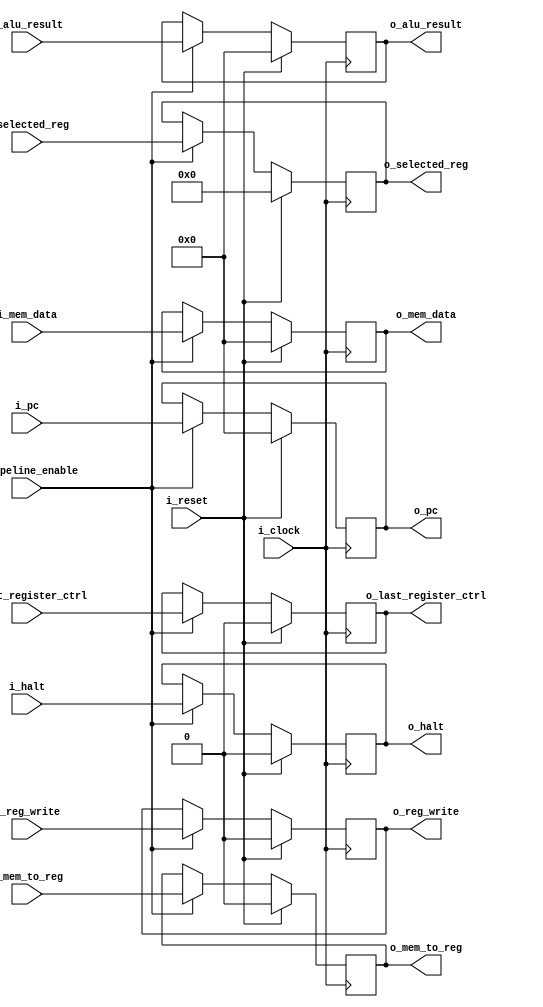
`timescale 1ns / 1ps

module MEM_WB_reg#(
        parameter NB_DATA = 32,
        parameter NB_REG  = 5,
        parameter NB_PC   = 32
    )
    (   
        input                   i_clock,
        input                   i_reset,
        input                   i_pipeline_enable,      //  DEBUG UNIT

        input                   i_reg_write,            // Si se necesita escribir en un registro
        input                   i_mem_to_reg,           // Si es de Memoria a Registro
        input [NB_DATA-1:0]     i_mem_data,             // Valor que viene de la Memoria
        input [NB_DATA-1:0]     i_alu_result,           // Resultado de la ALU
        input [NB_REG-1:0]      i_selected_reg,         // Valor de la addr del registro donde escribir
        input                   i_last_register_ctrl,   // Si es necesario el ULTIMO REG
        input [NB_PC-1:0]       i_pc,                   // Valor de PC
        input                   i_halt,                 // HALT

        // Como es un LATCH esto corresponde a hacer un delay de las entradas por ende no hace falta comentarios abajo :V
        output                  o_reg_write,
        output                  o_mem_to_reg,           
        output [NB_DATA-1:0]    o_mem_data,             
        output [NB_DATA-1:0]    o_alu_result,           
        output [NB_REG-1:0]     o_selected_reg,
        output                  o_last_register_ctrl,
        output [NB_PC-1:0]      o_pc,
        output                  o_halt                  
    );

    reg                 reg_write;
    reg                 mem_to_reg;                     
    reg [NB_DATA-1:0]   mem_data;                       
    reg [NB_DATA-1:0]   alu_result;                     
    reg [NB_REG-1:0]    selected_reg;
    reg                 last_register_ctrl;
    reg [NB_PC-1:0]     pc;
    reg                 halt;

    always@(negedge i_clock) begin
        if(i_reset) begin
            reg_write               <= 1'b0;
            mem_to_reg              <= 1'b0;
            mem_data                <= 32'b0;
            alu_result              <= 32'b0;
            selected_reg            <= 5'b0;
            last_register_ctrl      <= 1'b0;
            pc                      <= 32'b0;
            halt                    <= 1'b0;
        end
        else begin
            if(i_pipeline_enable) begin
                reg_write           <= i_reg_write;
                mem_to_reg          <= i_mem_to_reg;
                mem_data            <= i_mem_data;
                alu_result          <= i_alu_result;
                selected_reg        <= i_selected_reg;
                last_register_ctrl  <= i_last_register_ctrl;
                pc                  <= i_pc;
                halt                <= i_halt;
            end
            else begin
            reg_write               <= reg_write;
            mem_to_reg              <= mem_to_reg;
            mem_data                <= mem_data;
            alu_result              <= alu_result;
            selected_reg            <= selected_reg;
            last_register_ctrl      <= last_register_ctrl;
            pc                      <= pc;
            halt                    <= halt;
        end
        end
    end

    assign o_reg_write           = reg_write;
    assign o_mem_to_reg          = mem_to_reg;
    assign o_mem_data            = mem_data;
    assign o_alu_result          = alu_result;
    assign o_selected_reg        = selected_reg;
    assign o_last_register_ctrl  = last_register_ctrl;
    assign o_pc                  = pc;
    assign o_halt                = halt;

endmodule